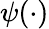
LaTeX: \psi(\cdot)